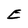
Character: E